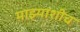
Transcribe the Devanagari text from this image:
माझ्याशीच